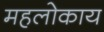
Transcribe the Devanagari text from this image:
महलोकाय